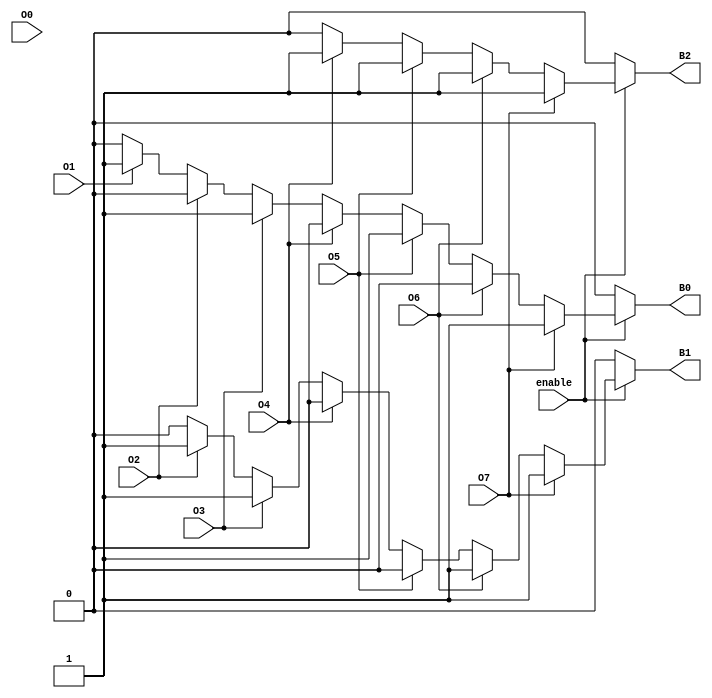
module octal_to_binary_encoder (
    input wire O0,  // Input for octal digit 0
    input wire O1,  // Input for octal digit 1
    input wire O2,  // Input for octal digit 2
    input wire O3,  // Input for octal digit 3
    input wire O4,  // Input for octal digit 4
    input wire O5,  // Input for octal digit 5
    input wire O6,  // Input for octal digit 6
    input wire O7,  // Input for octal digit 7
    input wire enable, // Enable input
    output reg B2,   // Output bit 2
    output reg B1,   // Output bit 1
    output reg B0    // Output bit 0
);

always @(*) begin
    if (!enable) begin
        // If the enable signal is low, set outputs to 000
        B2 = 0;
        B1 = 0;
        B0 = 0;
    end else begin
        // Default outputs to 3'b000
        B2 = 0;
        B1 = 0;
        B0 = 0;

        // Determine the binary output based on active input
        if (O7) begin
            B2 = 1; B1 = 1; B0 = 1; // 111
        end else if (O6) begin
            B2 = 1; B1 = 1; B0 = 0; // 110
        end else if (O5) begin
            B2 = 1; B1 = 0; B0 = 1; // 101
        end else if (O4) begin
            B2 = 1; B1 = 0; B0 = 0; // 100
        end else if (O3) begin
            B2 = 0; B1 = 1; B0 = 1; // 011
        end else if (O2) begin
            B2 = 0; B1 = 1; B0 = 0; // 010
        end else if (O1) begin
            B2 = 0; B1 = 0; B0 = 1; // 001
        end else if (O0) begin
            B2 = 0; B1 = 0; B0 = 0; // 000
        end
    end
end

endmodule